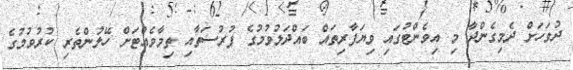
ދުވަހަށް ދެމިގެންދާ މި އިވެންޓުގައި ވިޔަފާރިތައް ބައްދަލުވުމުގެ ފުރުސަތާއި ތިމާވެއްޓަށް ހޭލުންތެރި ކުރުވުމުގެ